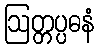
ဩတ္တပ္ပဓနံ